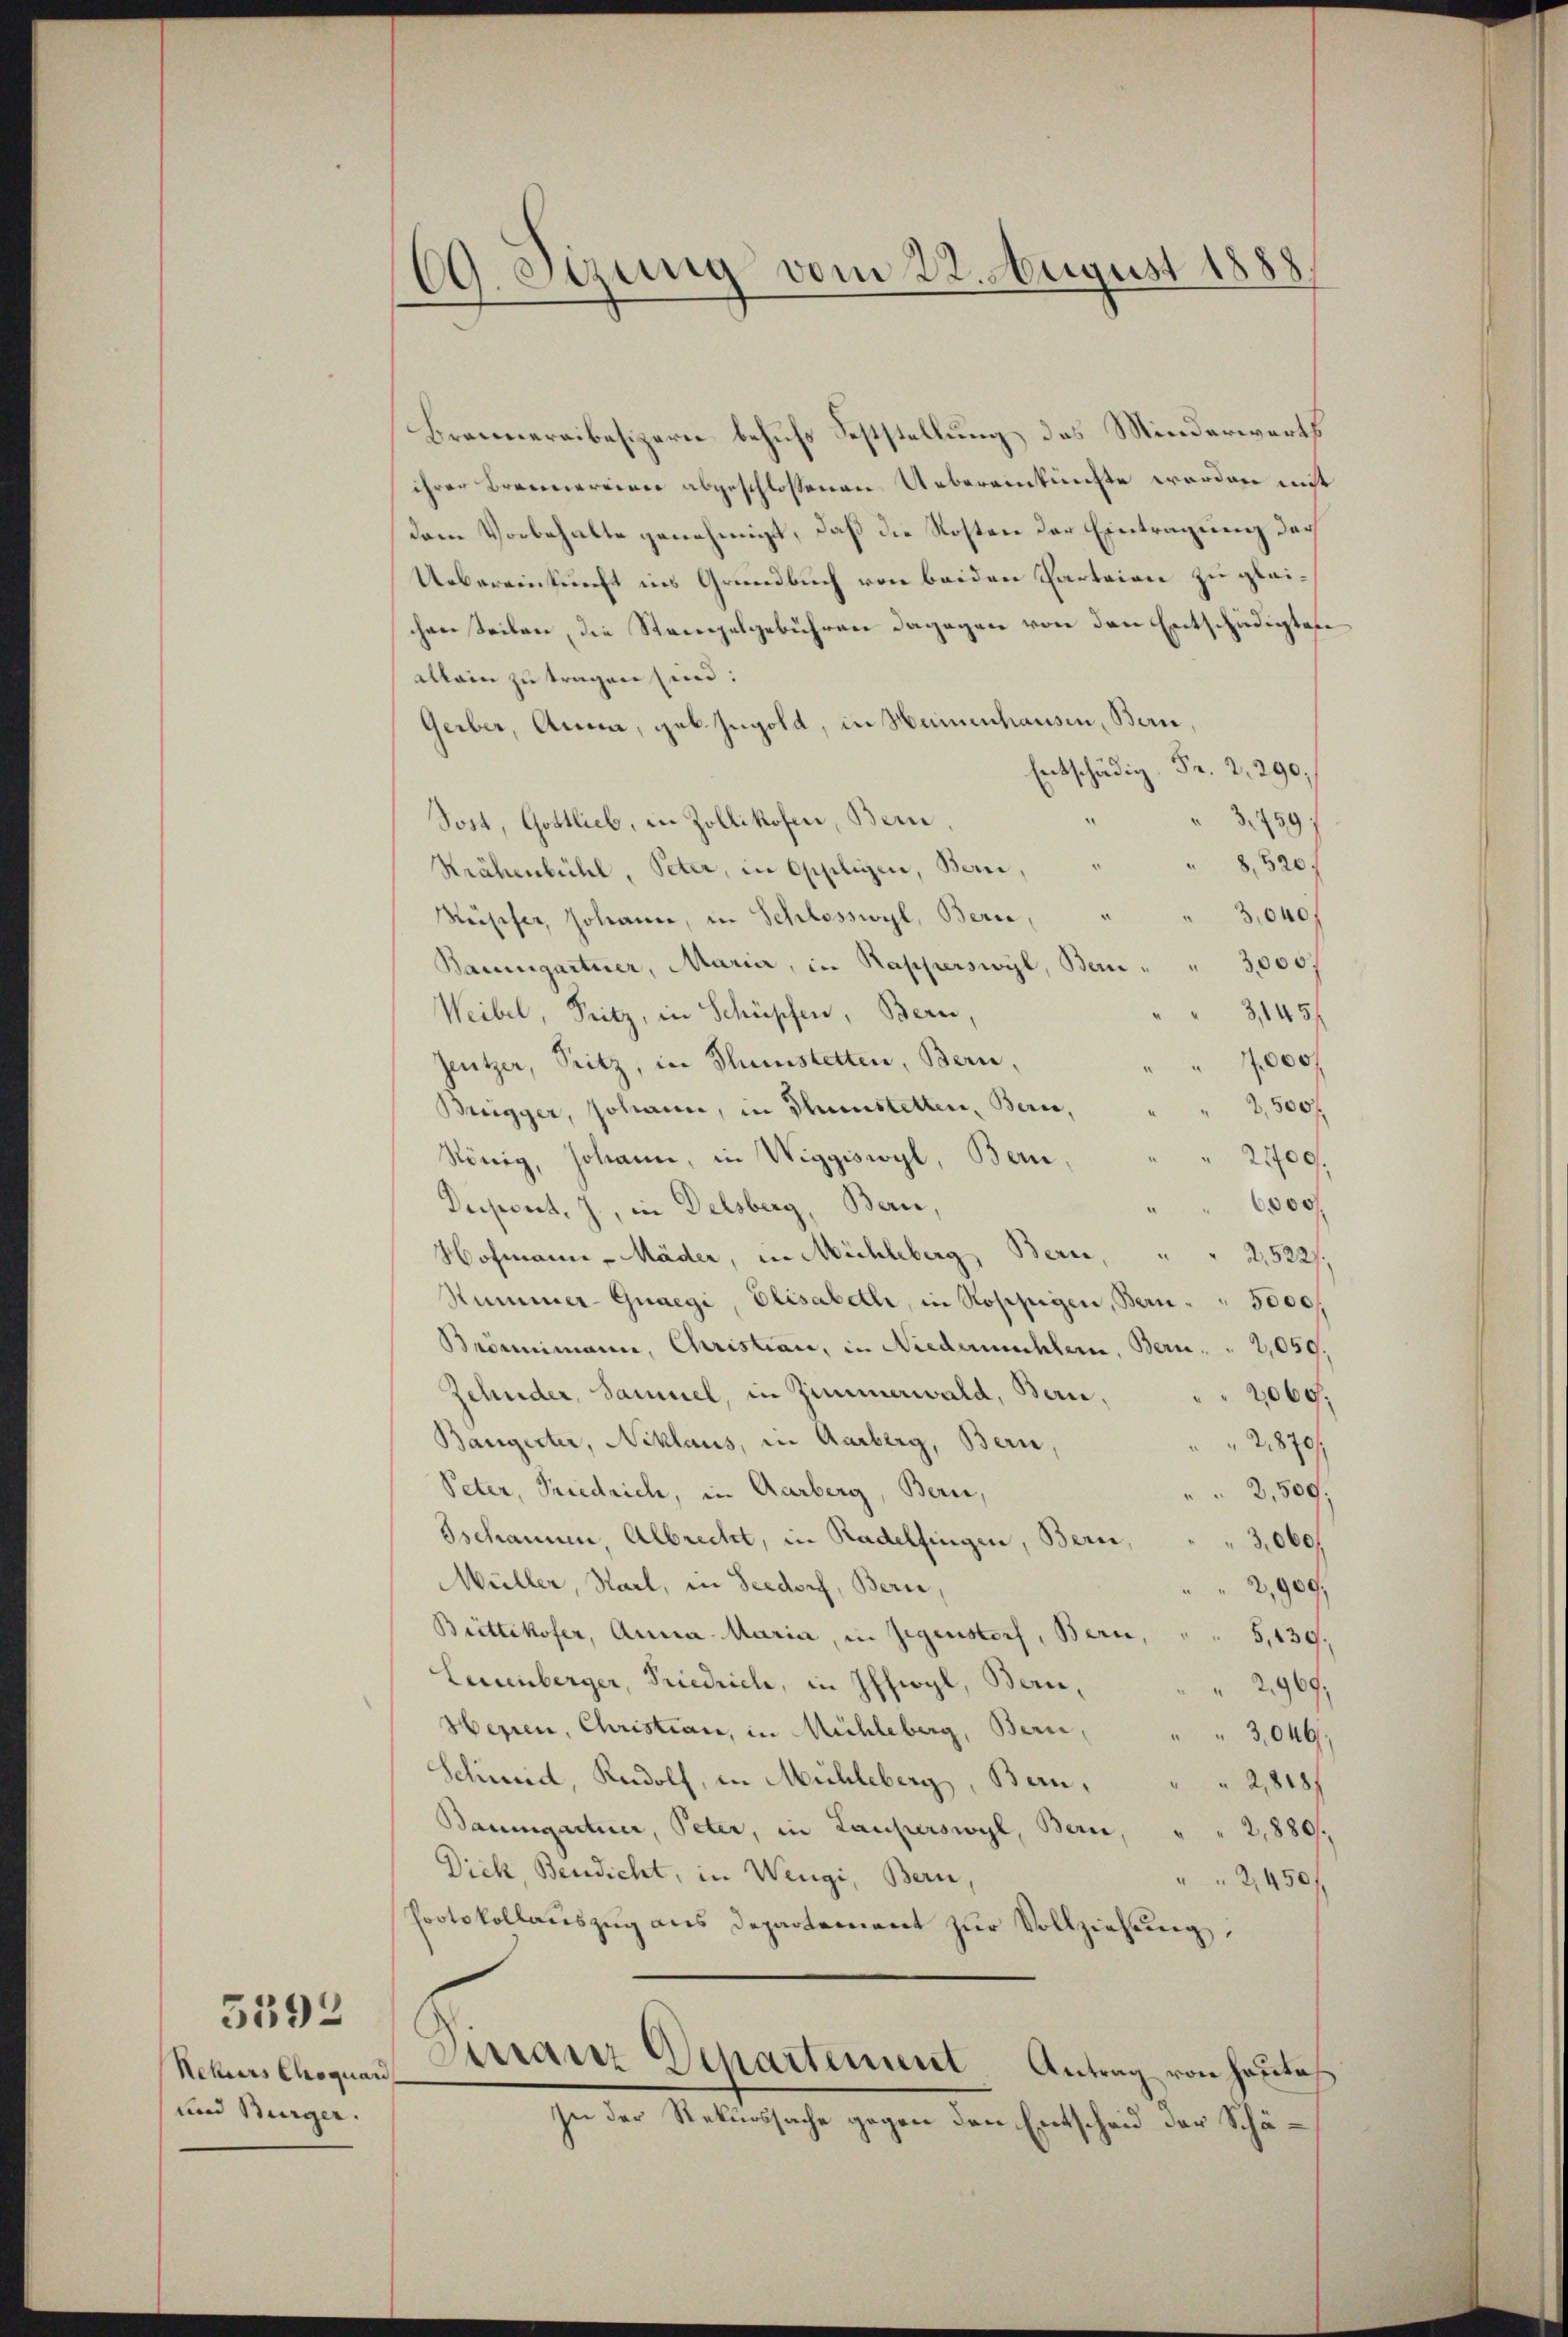
Rekurs Choquan
und Bürger.

5592

CG. Stung vom 22. August 1888.

Brennereibesizern behufs Feststellung des Minderwärts
ihrer Brennereien abgeschlossenen Uebereinkünfte worden mit
dem Vorbehalte genehmigt, daß die Kosten der Eintragung doch
Uebereinkunft ins Grundbuch von beiden Parteien zu gleichen teilen, die Stempelgebühren dagegen von den Entschädigten
Allein zu tragen sind:
Gerber, Anna, geb. Ingold, in Heinenhausen, Bern,
.9
Sost, Gottlieb, in Zollikofen, Bern,
3,759.
" 8,320/
Krähenbühl, Peter, in Oppligen, Bern,
3,640/
Müsser, Johann, in Schlosswyl, Bern,
" 3000,
Baumgartner, Maria, in Rapperswyl, Bau¬
Weibel, Fritz, in Schüpfen, Bern,
3145/
000
Zeutzer, Sitz, in Thunstetten, Bern,
2,500 f
Bregger, Johann, in Thunstetten, Bern,
König, Johann, in Wiggiswyl, Bern,
 2100.
6000
Dapont. J., in Delsberg, Bern,
Hofmann - Mäder, in Mühleberg, Bern,
2,522/
Summer-Guaegi, Elisabethe, in Koppigen, Bern " " 3000f
Brömmimann, Christian, in Niedermahlern, Bern. " 2,050.
Zehnder, Sammel, in Zimmerwald, Bern.
2060,
Bangerter, Niklaus, in Aarberg, Bern,
2870
Peter, Priedrich, in Aarberg, Bern,
2,500.
Ischannen, Albrecht, in Radelfingen, Bern,
3,000f
Müller, Stadt, in Seedorf, Bern,
2,900,
Brittikofer, Anna Maria, in Gegenstorf, Bern,
G,130.
Leuenberger, Priedrich, in Ifhiogl, Bau¬
2969,
Hexen, Christian, in Mühleberg, Bern, " " 3,046
Schweid, Rudolf, in Mühleberg, Bern, " " 2,8187
Baumgartner, Peter, in Lauperswyl, Bern, " " 2,880.
Dick, Bendicht, in Wengi, Bern,
2,450.
Protokollauszug aus Departement zur Vollziehung,
Virranz Departement Antrag von heute
zu der Rekurssache gegen den Entscheid der Schä¬